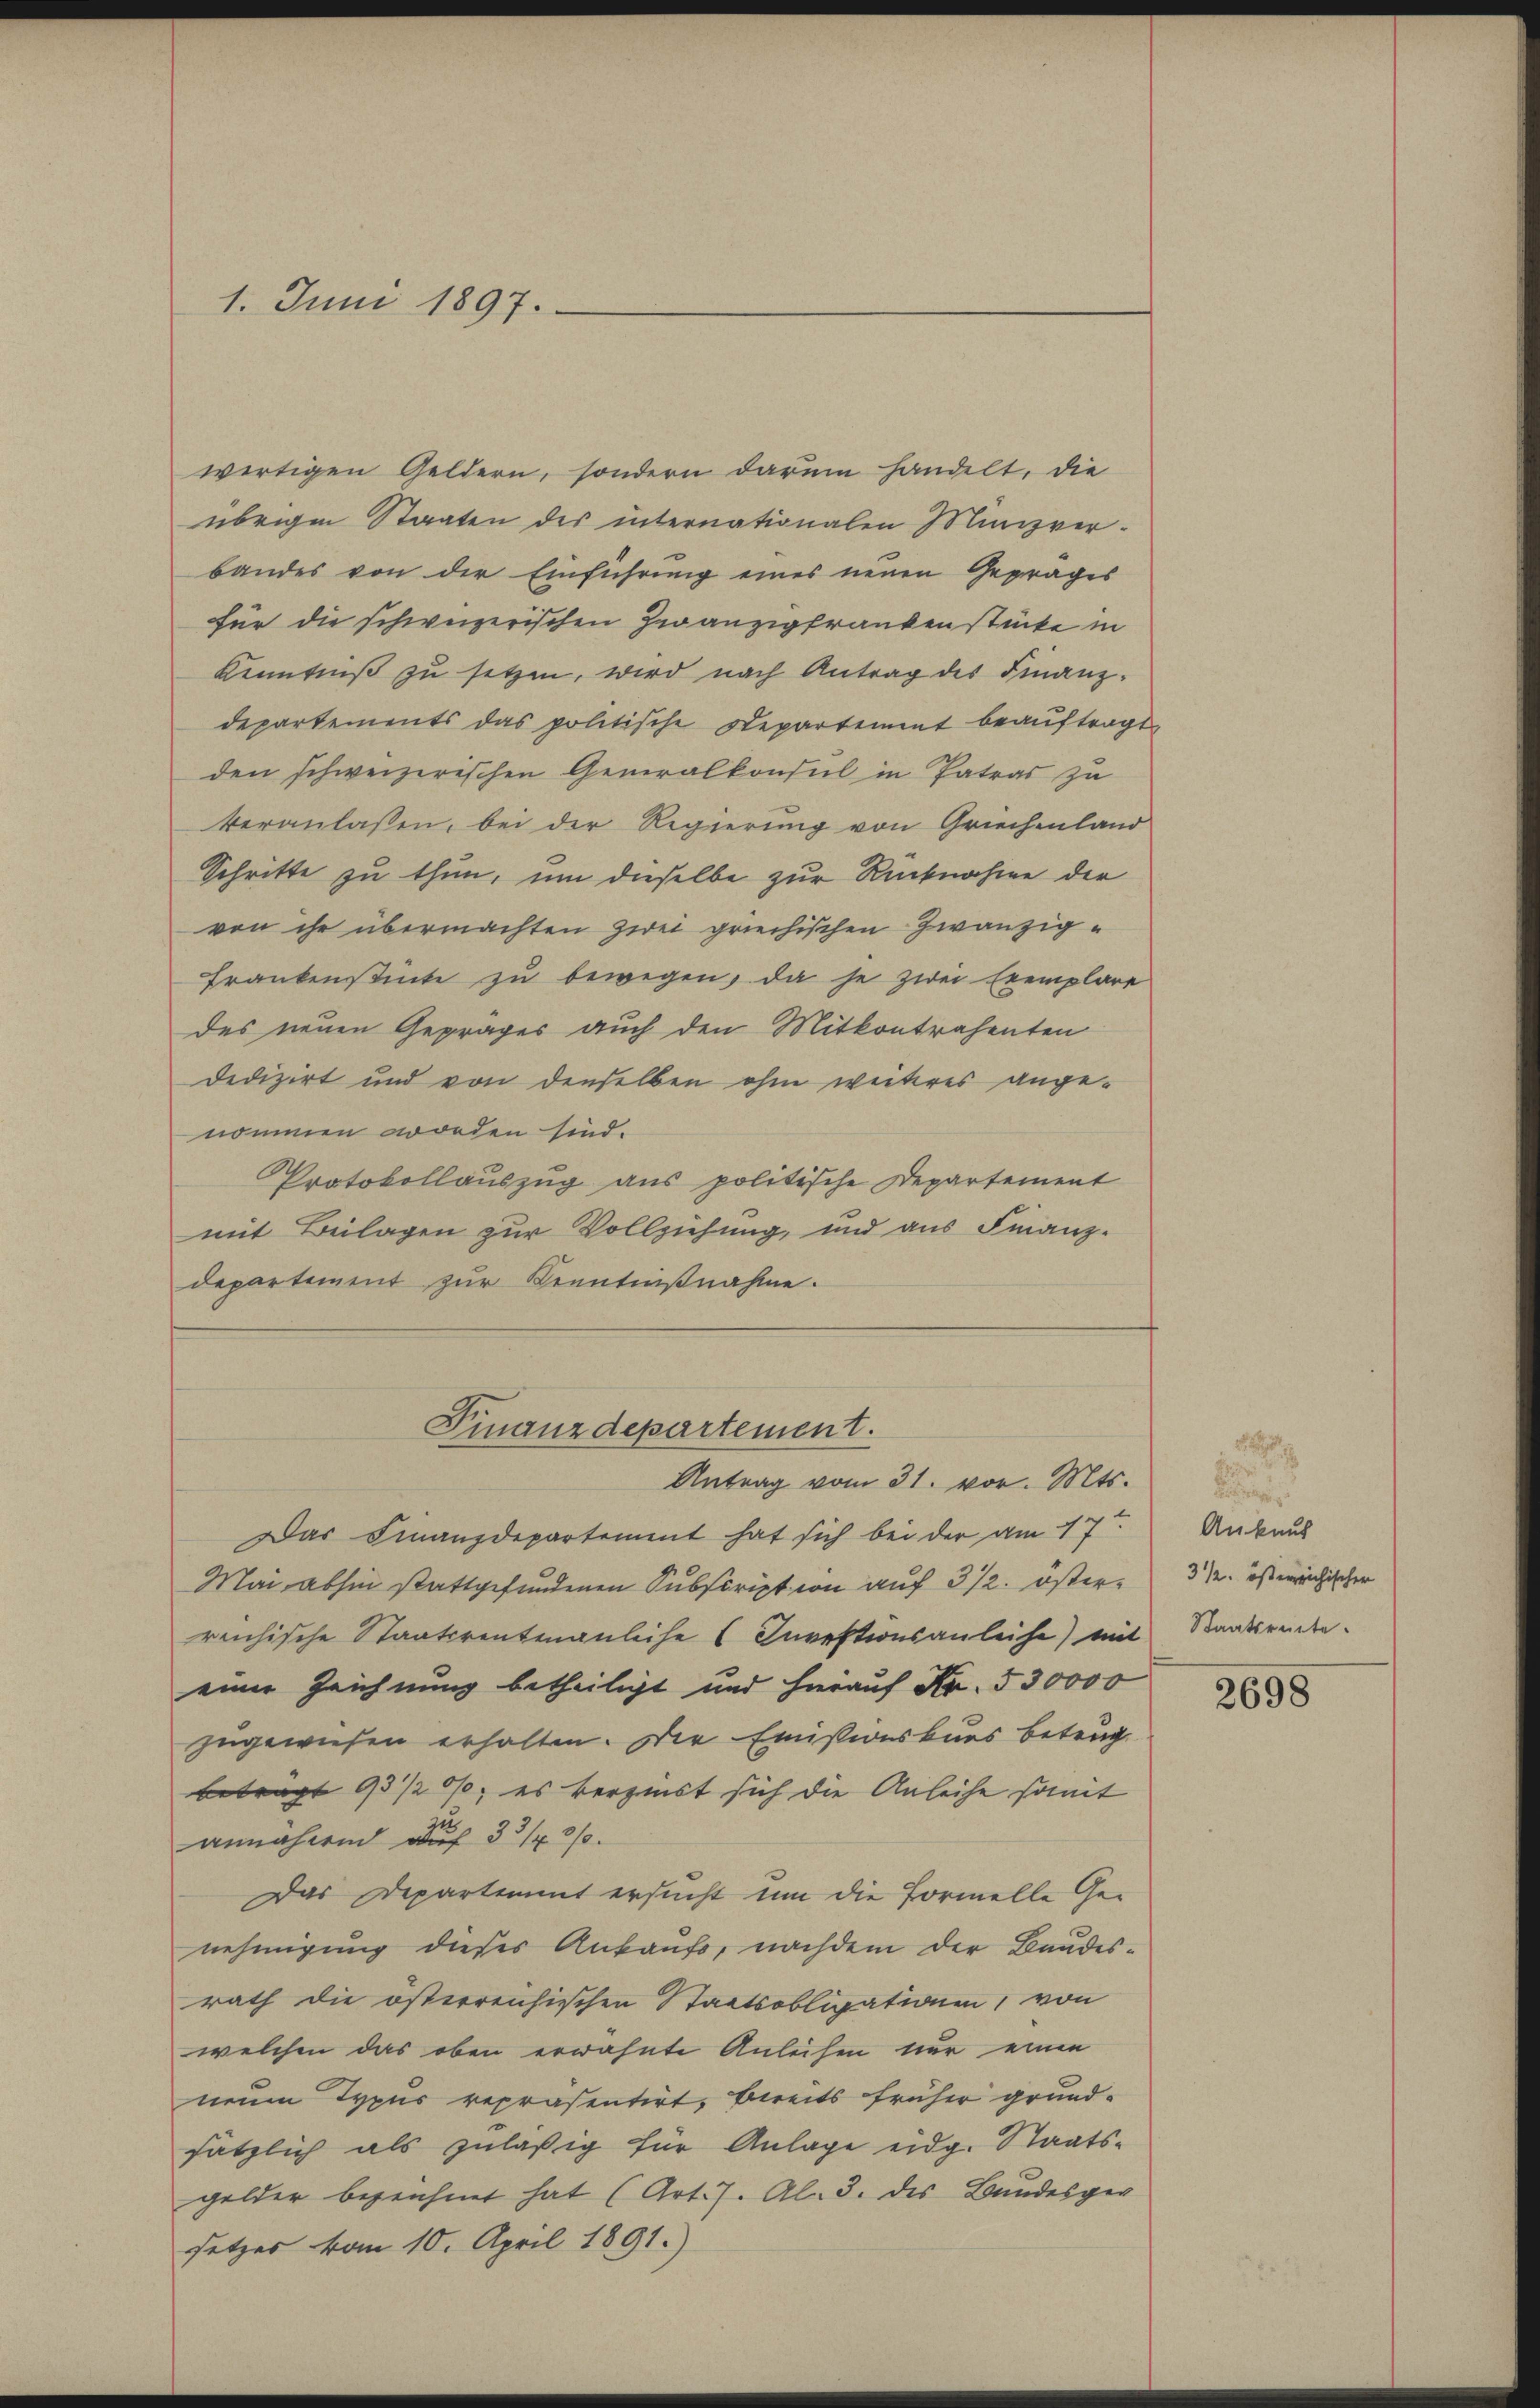
1. Juni 1897.

wirtigen Geldern, sondern darum handelt, die
übrigen Staaten des internationalen Munizverbandes von der Einführung eines neuen Gefrages
für die schweizerischen Zwanzigfrankenstücke in
Kenntniß zu setzen, wird nach Antrag des Finanz-
departements das politische Departement beaŭftragt.
den schweizerischen Generalkonsul in Patras zu
veranlassen, bei der Regierung von Griechenland
Schritte zu thun, um dieselbe zur Rücknahme der
von ihr übermachten Zwei griechischen Zwanzig¬
Frankenstücke zu bewegen, da je zwei Exemplare
des neuen Gepräges auch den Mitkontrahenten
dedizirt und von denselben ohne weiteres angenommen worden sind.
Protokollauszug aus politische Departement
mit Beilagen zur Vollziehung, und aus Finanzdepartement zur Kenntnißnahme.

Das Finanzdepartement hat sich bei der am 17.
Mai abhin stattgefundenen Subscription auf 3 1/2. österreichische Staatsreutenanliche (Investionsanleihe) mit
einer Zeichnung betheiligt und hierauf Fr. 530000
zugewiesen erhalten. Der Emissionskurs betrag
betragt 93/20; es verzinst sich die Anleihe samt
annahme auf 3 3/4 3/
Das Departement ersucht um die Formelle Genehmigung dieses Ankaufs, nachdem der Baudesrath die österrenhischen Staatsobligationen, von
welchen das oben erwähnte Anleihen nur einen
neuen Typus repräsentirt, bereits früher grundsätzlich als zuläßig für Anlage eidg. Staatsgelder bezeichnet hat (Art. 7. Al. 3. des Bundesger
setzes vom 10. April 1891.)

Finanzdepartement.
Antrag vom 31. vor. Mts.

.
Ankauf
3 1/2. österreichischer
Staatsreite.

2698